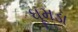
ધૂમડા